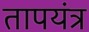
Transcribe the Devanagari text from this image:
तापयंत्र